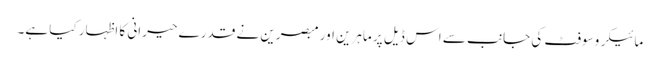
مائیکروسوفٹ کی جانب سے اس ڈیل پر ماہرین اور مبصرین نے قدرے حیرانی کا اظہار کیا ہے۔